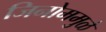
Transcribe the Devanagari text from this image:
जिनोममुळे